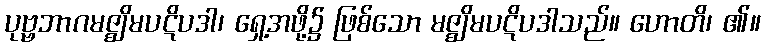
ပုဗ္ဗဘာဂမဇ္ဈိမပဋိပဒါ၊ ရှေ့အဖို့၌ ဖြစ်သော မဇ္ဈိမပဋိပဒါသည်။ ဟောတိ၊ ၏။